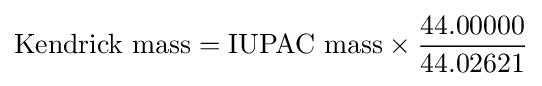
{\text{Kendrick mass}}={\text{IUPAC mass}}\times {\frac {44.00000}{44.02621}}